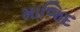
માજિદ